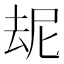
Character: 𪠝